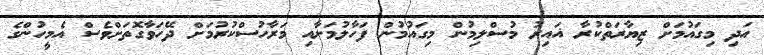
އަދި މިގައުމަށް ޒިޔާރަތްކުރާ ޣައިރު މުސްލިމުން މިގައުމުން ފަހާލުމަށާއި މަރާހުސްކުރުމަށް ދޭހަވާގޮތަށްވެސް އެމީހުންގެ